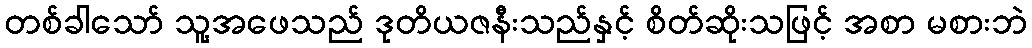
တစ်ခါသော် သူ့အဖေသည် ဒုတိယဇနီးသည်နှင့် စိတ်ဆိုးသဖြင့် အစာ မစားဘဲ